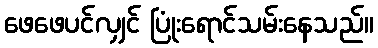
ဖေဖေပင်လျှင် ပြုံးရောင်သမ်းနေသည်။